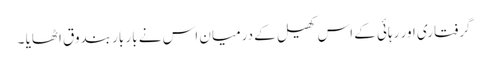
گرفتاری اور رہائی کے اس کھیل کے درمیان اس نے بار بار بندوق اٹھایا ۔